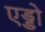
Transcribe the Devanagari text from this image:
एड्डो